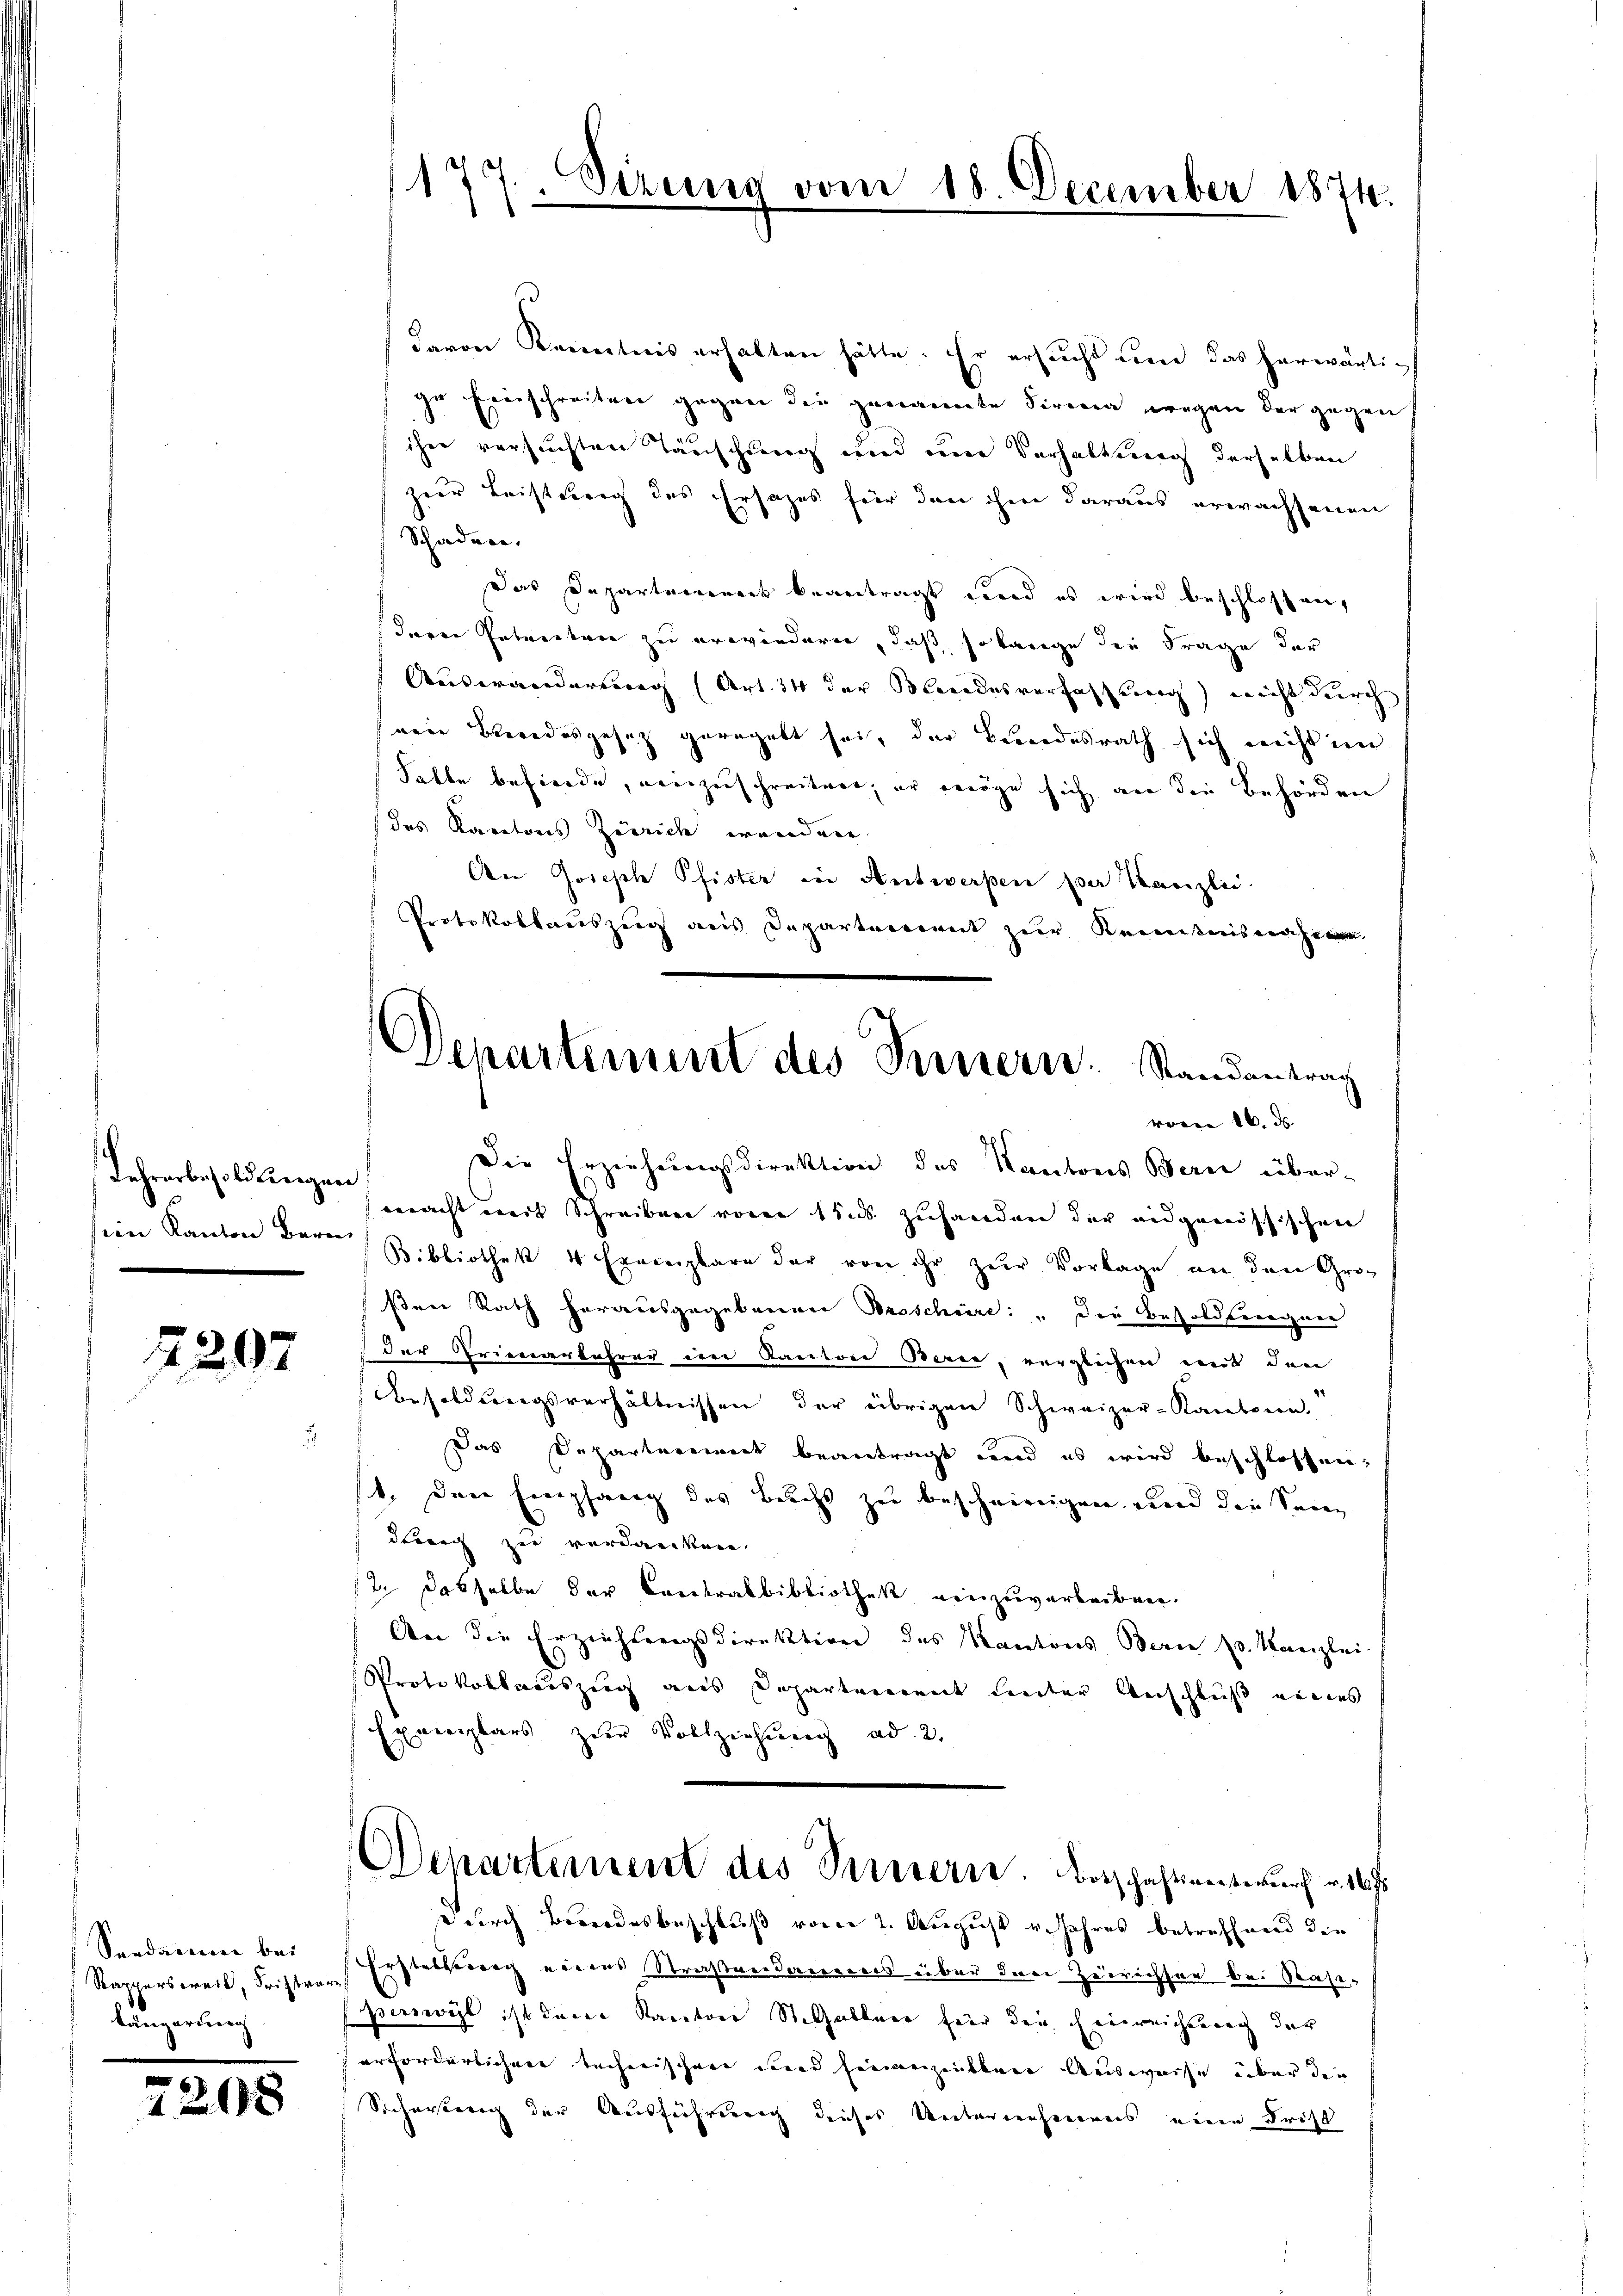
sein Kanton Bern

2207

Seedarum bei
Rappersweil, Fristverlängerung

7208

1
Sizung

s

d

davon Kenntnis erhalten hätte. Er ersucht und das herwärtige Einschreiten gegen die genannte Firma wegen der gegen
ihre versuchten Täuschung und eine Verhaltung derselben
zur Leistung des Ersatzes für den ihm daraus erwachsenen
Schaden.
Das Departement beantragt sind es wird beschlossen,
deren Petenten zu erwiedern, daß so lange die Frage der
Auswanderung (Art. 34 der Brandesverfassung) nicht durch
wie Beendesgesetz geregelt sei, der Bundesrath sich nicht im
Falle befinde, einzuschreiten, er möge sich an die Behörden
(des Kantons Zürich werden.
An Joseph Pfister in Antwerpen per Canzlić.
Protokollauszug aus Departement zur Kenntnisnahmen.
Lehrerbesoldungen. Die Erziehŭngsdirektion des Kantons Berei über-
macht mit Schreiben vom tius zuhanden der eidgenössischen
Bibliothek 4 Exemplare der von ihr zur Vorlage an den Grosene Rath herausgegebenen Broschüre: Die Besoldseegner
der Prieverfahrer im Kanton Bern, verglichen mit den
Besoldungsverhältnissen der übrigen Schweizer-Kantone.
Das Departenweis beantragt und es wird beschlossen;
1. Der Empfang des Buchs zu bescheinigen und die Sandtrich zu verdanken,
t. dasselbe der Creekrabbibliothek einzuverleiben.
An die Erziehungsdirektion des Kantons Bern k. Kanzlei-
Protokollauszug aus Departement unter Aeschluß eines
Exemplars zur Vollziehung ad 2.
Departement des Seitern. Botschaftientwurf u. 16.
Durch Beendesbeschluß vom 2. August v. Jahres betreffend die
Erstellung eines Straßverdauerers über den Zeirichsen bei Rasi-
perswyl ist deine Sanatore Stelaltere für den Einreichtung der
erforderlichen techerischen und hinanzeiterer Ausweise über die
Sicherstung der Ausführereng dieses Unternehmens eine Frist

Departement des Fernern. Randantrag
voren 16. ds. |

18. December 1874.